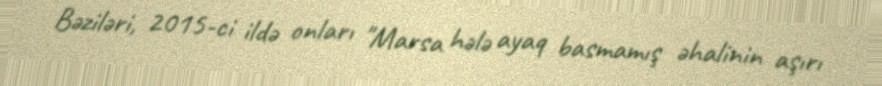
Bəziləri, 2015-ci ildə onları "Marsa hələ ayaq basmamış əhalinin aşırı